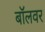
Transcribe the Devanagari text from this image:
बॉलवर